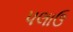
પલાઉ